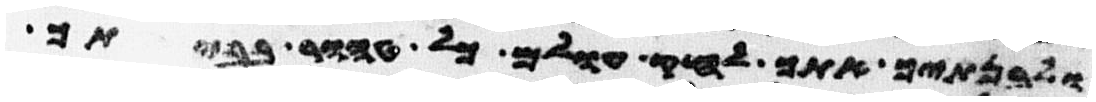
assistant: ולבנתיך אתך לחק עולם כל טהור בביתך